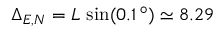
\Delta _ { E , N } = L \, \sin ( 0 . 1 \, ^ { \circ } ) \simeq 8 . 2 9